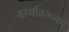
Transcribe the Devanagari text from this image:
मार्गावरूनच